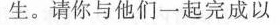
生。请你与他们一起完成以